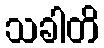
သခါတိ